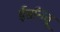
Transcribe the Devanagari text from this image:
ईडनिंबू